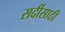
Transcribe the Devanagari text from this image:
सर्दीसाठी